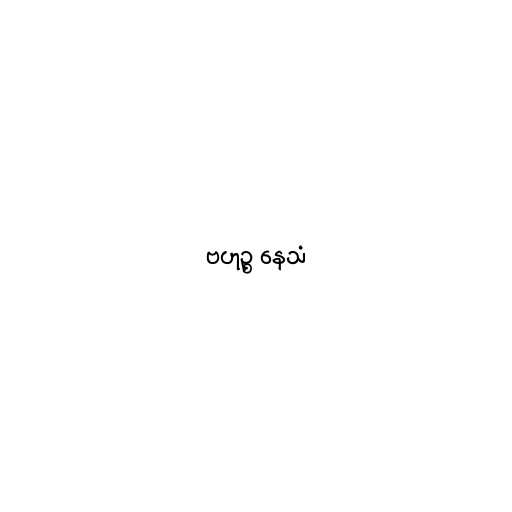
ဗဟုဉ္စ နေသံ